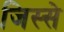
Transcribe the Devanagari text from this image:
जिस्‍से